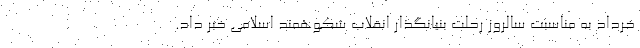
خرداد به مناسبت سالروز رحلت بنیانگذار انقلاب شکوهمند اسلامی خبر داد.